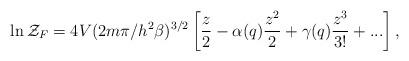
LaTeX: \begin{align*}\ln {\cal Z}_F=4V(2m\pi/h^2\beta)^{3/2}\left[\frac{z}{2}-\alpha(q) \frac{z^{2}}{2}+\gamma(q)\frac{z^{3}}{3!}+...\right],\end{align*}